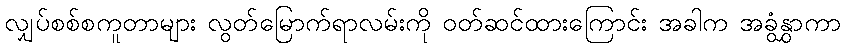
လျှပ်စစ်စကူတာများ လွတ်မြောက်ရာလမ်းကို ၀တ်ဆင်ထားကြောင်း အခါက အခွံနွှာကာ